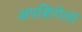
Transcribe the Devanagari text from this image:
अपशिंगेला